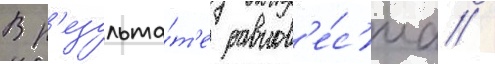
В р'езульта́т'е равнов'е́с'иа /